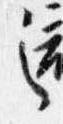
之